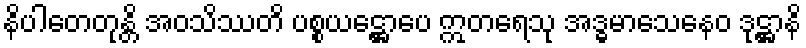
နိပါတေတုန္တိ အဝသိဿတိ ပစ္စယဋ္ဌောပေ ဣတရေသု အဒ္ဓမာသေနေဝ ဒုဋ္ဌာနိ